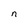
Character: n